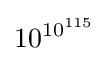
10^{10^{115}}